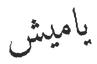
ياميش